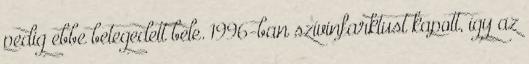
pedig ebbe betegedett bele. 1996-ban szívinfarktust kapott, így az